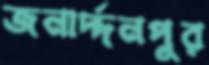
জনার্দ্দনপুর